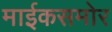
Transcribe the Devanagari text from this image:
माईकसमोर